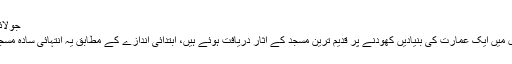
جولائی 21, 2019	107 Views
یروشلم (مانیٹرنگ ڈیسک)اسرائیل میں ایک عمارت کی بنیادیں کھودنے پر قدیم ترین مسجد کے آثار دریافت ہوئے ہیں، ابتدائی اندازے کے مطابق یہ انتہائی سادہ مسجد کم از کم 1200 سال قدیم ہے۔